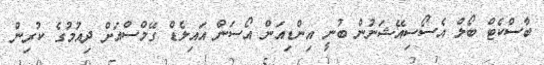
ބާސްކެޓް ބޯލް އެސޯސިއޭޝަނުން ބުނީ އިންޑިއަން އޯސަން އައިލެޑް ގޭމްސްއަށް ދިއުމުގެ ކުރިން